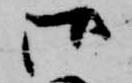
御